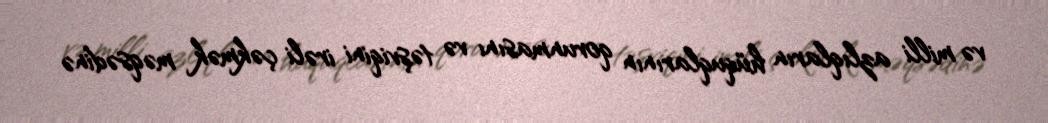
və milli azlıqların hüquqlarının qorunmasını və təşviqini irəli çəkmək məqsədinə